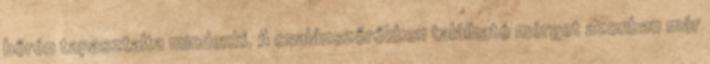
bőrén tapasztalta mindenki. A csalánszőrőkben található mérget azonban már